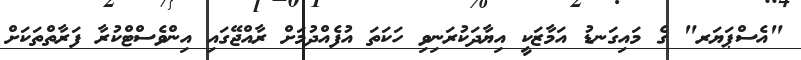
"އެސްޕަޔަރ" ގެ މައިގަނޑު އަމާޒަކީ އިޔާދަކުރަނިވި ހަކަތަ އުފެއްދުމަށް ރާއްޖޭގައި އިންވެސްޓްކުރާ ފަރާތްތަކަށް